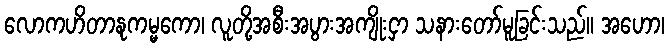
လောကဟိတာနုကမ္မကော၊ လူတို့အစီးအပွားအကျိုးငှာ သနားတော်မူခြင်းသည်။ အဟော၊